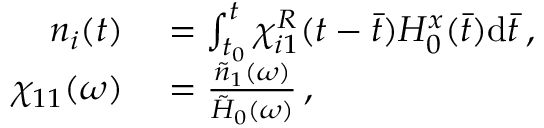
\begin{array} { r l } { n _ { i } ( t ) } & { { } = \int _ { t _ { 0 } } ^ { t } \chi _ { i 1 } ^ { R } ( t - \bar { t } ) H _ { 0 } ^ { x } ( \bar { t } ) \mathrm { d } \bar { t } \, , } \\ { \chi _ { 1 1 } ( \omega ) } & { { } = \frac { \tilde { n } _ { 1 } ( \omega ) } { \tilde { H } _ { 0 } ( \omega ) } \, , } \end{array}